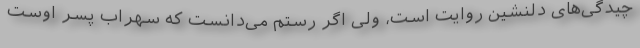
چیدگی‌های دلنشین روایت است، ولی اگر رستم می‌دانست که سهراب پسر اوست